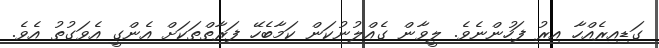
ގަޑިއިރެއްހާ އިރު ފަހުންނެވެ. ލީވާން ގެއްލުނުކަން ކަމާބެހޭ ފަރާތްތަކަށް އެންގީ އެވަގުތު އެވެ.